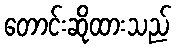
တောင်းဆိုထားသည်